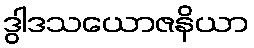
ဒွါဒသယောဇနိယာ